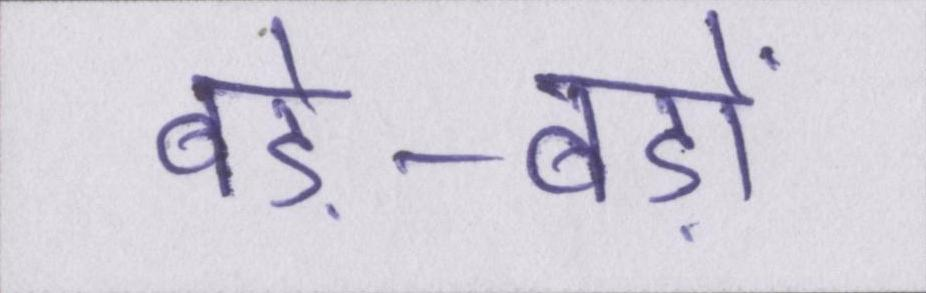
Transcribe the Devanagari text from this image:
बड़े-बड़ों